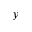
y